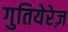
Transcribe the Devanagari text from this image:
गुतियेरेज़